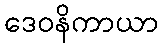
ဒေဝနိကာယာ